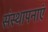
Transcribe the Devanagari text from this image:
संस्थापनाएं